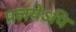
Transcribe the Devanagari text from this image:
प्रलयेऽपि